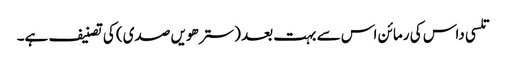
تلسی داس کی رمائن اس سے بہت بعد (سترھویں صدی) کی تصنیف ہے۔